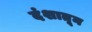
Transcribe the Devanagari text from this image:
दंशातून